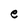
Character: e